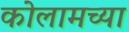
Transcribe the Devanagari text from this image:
कोलामच्या